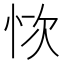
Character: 𢙊